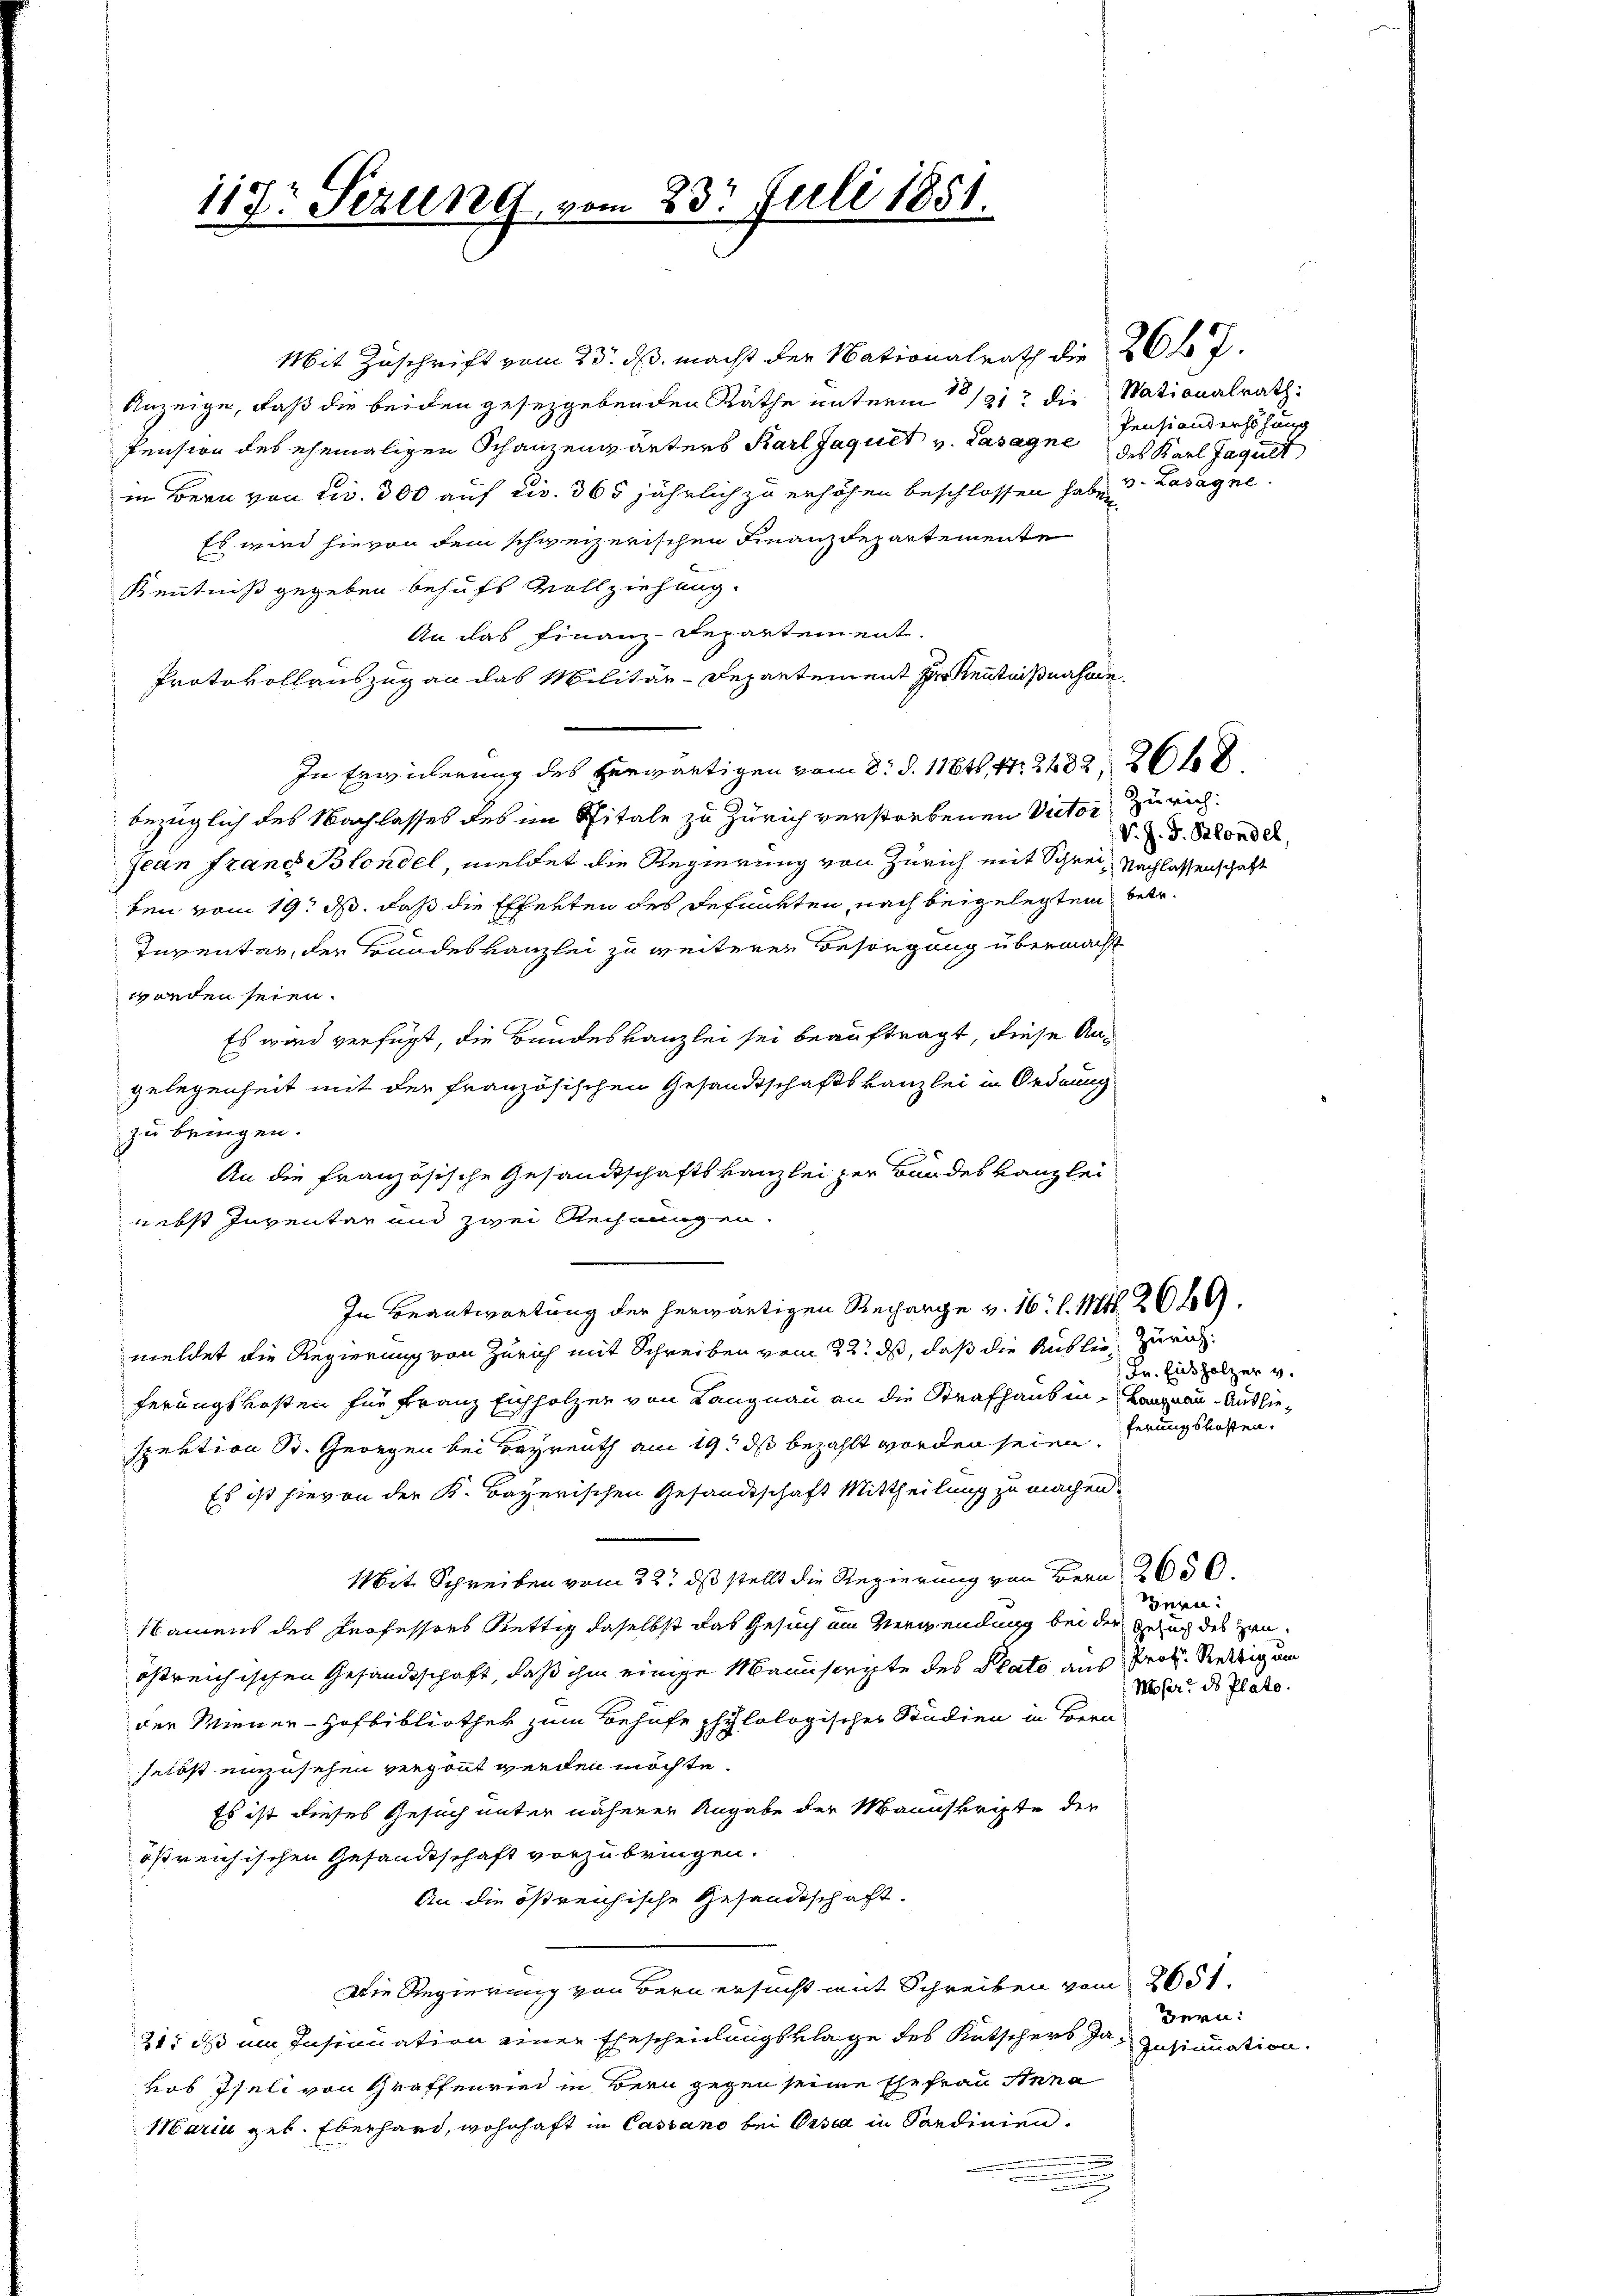
117: Sezung, v.

Mit Zuschrift vom 23. ds. macht der Nationalrath die 26 J.
Anzeige, daß die beiden gesetzgebenden Räthe unterm 121 die Nationalrath
Pension des ehemaligen Schanzengärters Karl Jaquet v. Lasagne des Karl Jagult
in Bern von civ. 300 auf civ. 365 jährlich zu erhöhen beschlossen habe d. Lasagne.
Es wird hievon dem schweizerischen Finanzdepartemente
Kenntniß gegeben behufs Vollziehung.
An das Finanz-Departement.
Protokollauszug an das Militär-Departement Herr Kenntnißnahme
In Erwicherung des herwärtigen vom 8. d. 1161, 14. 2482, 2668.
bezüglich des Nachlasses des im Spitale zu Zürich verstorbenen Victor Zürichjean Frand Blondel, meldet die Regierung von Zürich mit Schrei- Nachlassenschaft
ben vom 19. ds. daß die Efferten des defunkten, nach beigelegten betr.
Inventar, der Bundeskanzlei zu weiterer Besorgung übermacht
worden seien.
Es wird verfügt, die Bundeskanzlei sei beauftragt, diese Angelegenheit mit der französischen Gesandtschaftskanzlei in Ordnung
zu bringen.
An die französische Gesandtschaftskanzlei zur Bundes Kanzlei
nebst Inventar und zwei Rechnungen.
In Beantwortung der herwärtigen Recharge v. 16. l. Mtt. 2649.
meldet die Regierung von Zürich mit Schreiben vom 22. ds, daß die Auslie zurückferungskosten für Franz Eichholzer von Langnau an die Strafhaus in Langnau - Ausliespektion St. Georgen bei Bayreuth am 19. ds bezahlt worden seien. Herungskosten.
Es ist hievon der K. Bayerischen Gesandtschaft Mittheilung zu machen.
Mit Schreiben vom 22t ds stellt die Regierung von Bern 2659,
Namens des Professors Rettig daselbst das Gesuch im Verwendung bei der Gesuch des Zenöstreichischen Gesandtschaft, daß ihm einige Manuscripte des Plato aus Prof. Rettigun
der Wiener-Hofbibliothek zum Behufe philologischer Studien in Bern
selbst einzusehen vergönnt werden möchte.
Es ist dieses Gesuch unter näherer Angabe der Manuskripte der
östreichischen Gesandtschaft vorzubringen.
An die östreichische Gesandtschaft.
Die Regierung von Bern ersucht mit Schreiben vom 2651.
21. ds im Insinuation einer Ehescheinungsklage des Kutschers Ja- Insinuation
kob Iseli von Graffenried in Bern gegen seine Ehefrau Anna
Maria geb. Eberhard, wohnhaft in Cassano bei Orsca in Sardinien.

23t Juli 1851.

Pensionderhöhung

S. J. J. Blondel,

Fr. Einholzer v.

ern:
Moser des Plato.

zern: